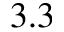
3 . 3